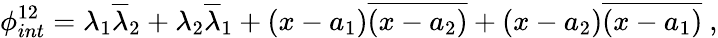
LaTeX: \phi_{int}^{12}=\lambda_{1}\overline{{{\lambda}}}_{2}+\lambda_{2}\overline{{{\lambda}}}_{1}+\left(x-a_{1}\right)\overline{{{\left(x-a_{2}\right)}}}+\left(x-a_{2}\right)\overline{{{\left(x-a_{1}\right)}}}\ ,